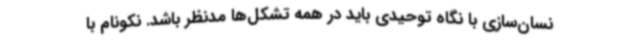
نسان‌سازی با نگاه توحیدی باید در همه تشکل‌ها مدنظر باشد. نکونام با